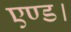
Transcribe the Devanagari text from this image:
एण्ड।